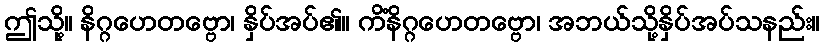
ဤသို့။ နိဂ္ဂဟေတဗ္ဗော၊ နှိပ်အပ်၏။ ကိံနိဂ္ဂဟေတဗ္ဗော၊ အဘယ်သို့နှိပ်အပ်သနည်း။